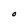
Character: O